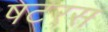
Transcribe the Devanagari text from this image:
षटरस